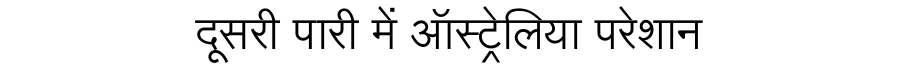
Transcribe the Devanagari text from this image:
दूसरी पारी में ऑस्ट्रेलिया परेशान